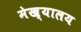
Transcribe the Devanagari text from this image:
मेख्यालय